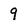
Character: 9